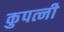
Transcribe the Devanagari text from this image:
कुपत्नी